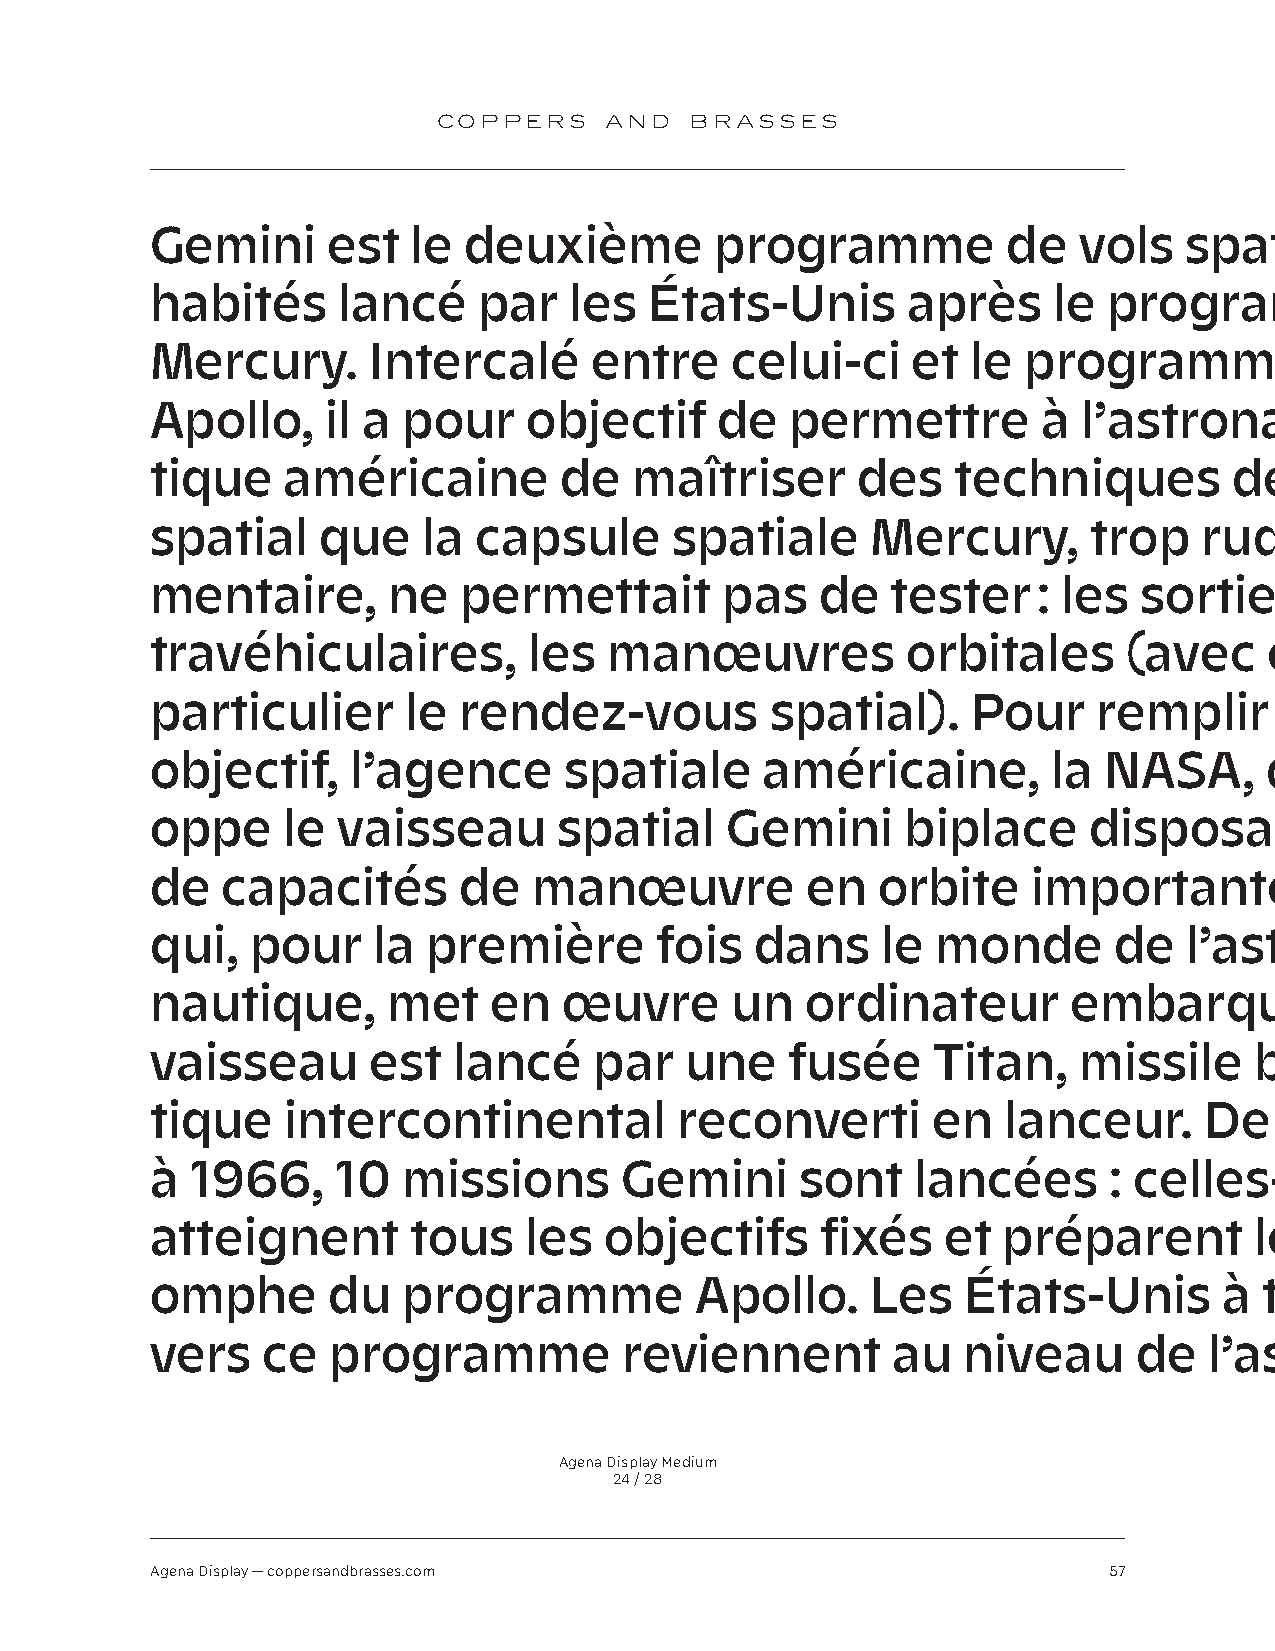
COPPERS    AND   BRASSES
 Gemini      est  le  deuxième        programme           de  vols   spatiaux
 habités     lancé     par   les  États-Unis       après     le programme
 Mercury.      Intercalé      entre    celui-ci    et  le  programme
 Apollo,     il a pour    objectif    de   permettre        à  l’astronau-
 tique    américaine        de   maîtriser      des   techniques         de  vol
 spatial    que    la capsule      spatiale      Mercury,      trop    rudi-
 mentaire,       ne  permettait        pas   de   tester    : les sorties     ex-
 travéhiculaires,         les  manœuvres           orbitales      (avec    en
 particulier      le rendez-vous          spatial).    Pour     remplir     cet
 objectif,    l’agence      spatiale      américaine,        la NASA,      dével-
 oppe     le vaisseau       spatial    Gemini      biplace     disposant
 de   capacités      de   manœuvre          en   orbite    importantes         et
 qui,   pour    la première       fois   dans    le  monde       de   l’astro-
 nautique,       met    en  œuvre      un   ordinateur        embarqué.         Ce
 vaisseau      est   lancé    par   une    fusée     Titan,   missile     balis-
 tique    intercontinental          reconverti       en   lanceur.     De   1963
 à  1966,    10   missions      Gemini      sont    lancées     : celles-ci
 atteignent       tous    les  objectifs     fixés    et préparent        le  tri-
 omphe       du   programme          Apollo.     Les   États-Unis       à  tra-
 vers   ce   programme          reviennent        au   niveau     de   l’astro-
 Agena Display Medium
 24 / 28
 Agena Display — coppersandbrasses.com                          57